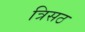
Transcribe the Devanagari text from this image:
त्रिसठ